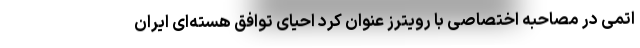
اتمی در مصاحبه اختصاصی با رویترز عنوان کرد احیای توافق هسته‌ای ایران